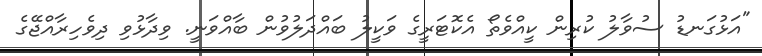
"އަޅުގަނޑު ސުވާލު ކުރިން ކީއްވެތޯ އެކޮޓަރީގެ ވަކީލު ބައްދަލުވުން ބާއްވަނީ. ވިދާޅުވި ދިވެހިރާއްޖޭގެ